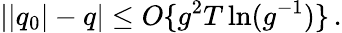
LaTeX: ||q_{0}|-q|\leq O\{ g^{2}T\ln(g^{-1})\} \, .